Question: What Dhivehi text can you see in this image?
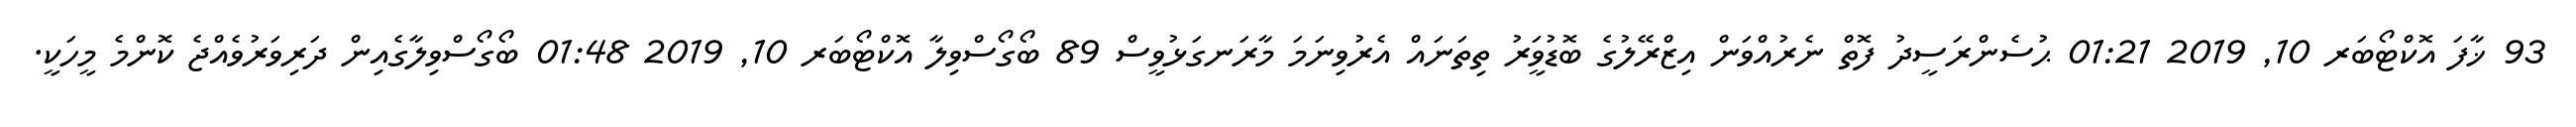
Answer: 93 ޚާފަ އޮކްޓޯބަރ 10, 2019 01:21 ޙުސެންރަސީދު ފޮތް ނެރުއްވަން އިޒްރޭލުގެ ބޮޑުވަީރު ތިތަނައް އެރުވިނަމަ މާރަނގަޅުވީސް 89 ބޯގޯސްވިލާ އޮކްޓޯބަރ 10, 2019 01:48 ބޯގޯސްވިލާގެއިން ދަރިވަރުވެއްޖެ ކޮންމެ މީހަކީ.